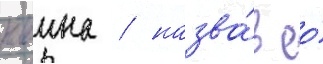
клаина / назва́в ео́